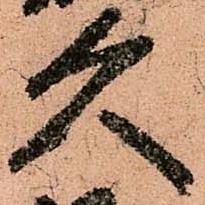
久